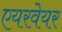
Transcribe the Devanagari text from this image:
एयरवेयर